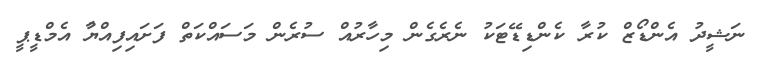
ނަޝީދު އެންޑޯޒް ކުރާ ކެންޑިޑޭޓަކު ނެރެގެން މިހާރުއް ސުރެން މަސައްކަތް ފަށައިފިއްޔުާ އެމްޑީޕީ